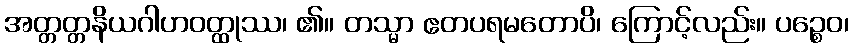
အတ္တတ္တနိယဂါဟဝတ္ထုဿ၊ ၏။ တသ္မာ ဧတပရမတောပိ၊ ကြောင့်လည်း။ ပဉ္စေဝ၊